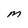
Character: m